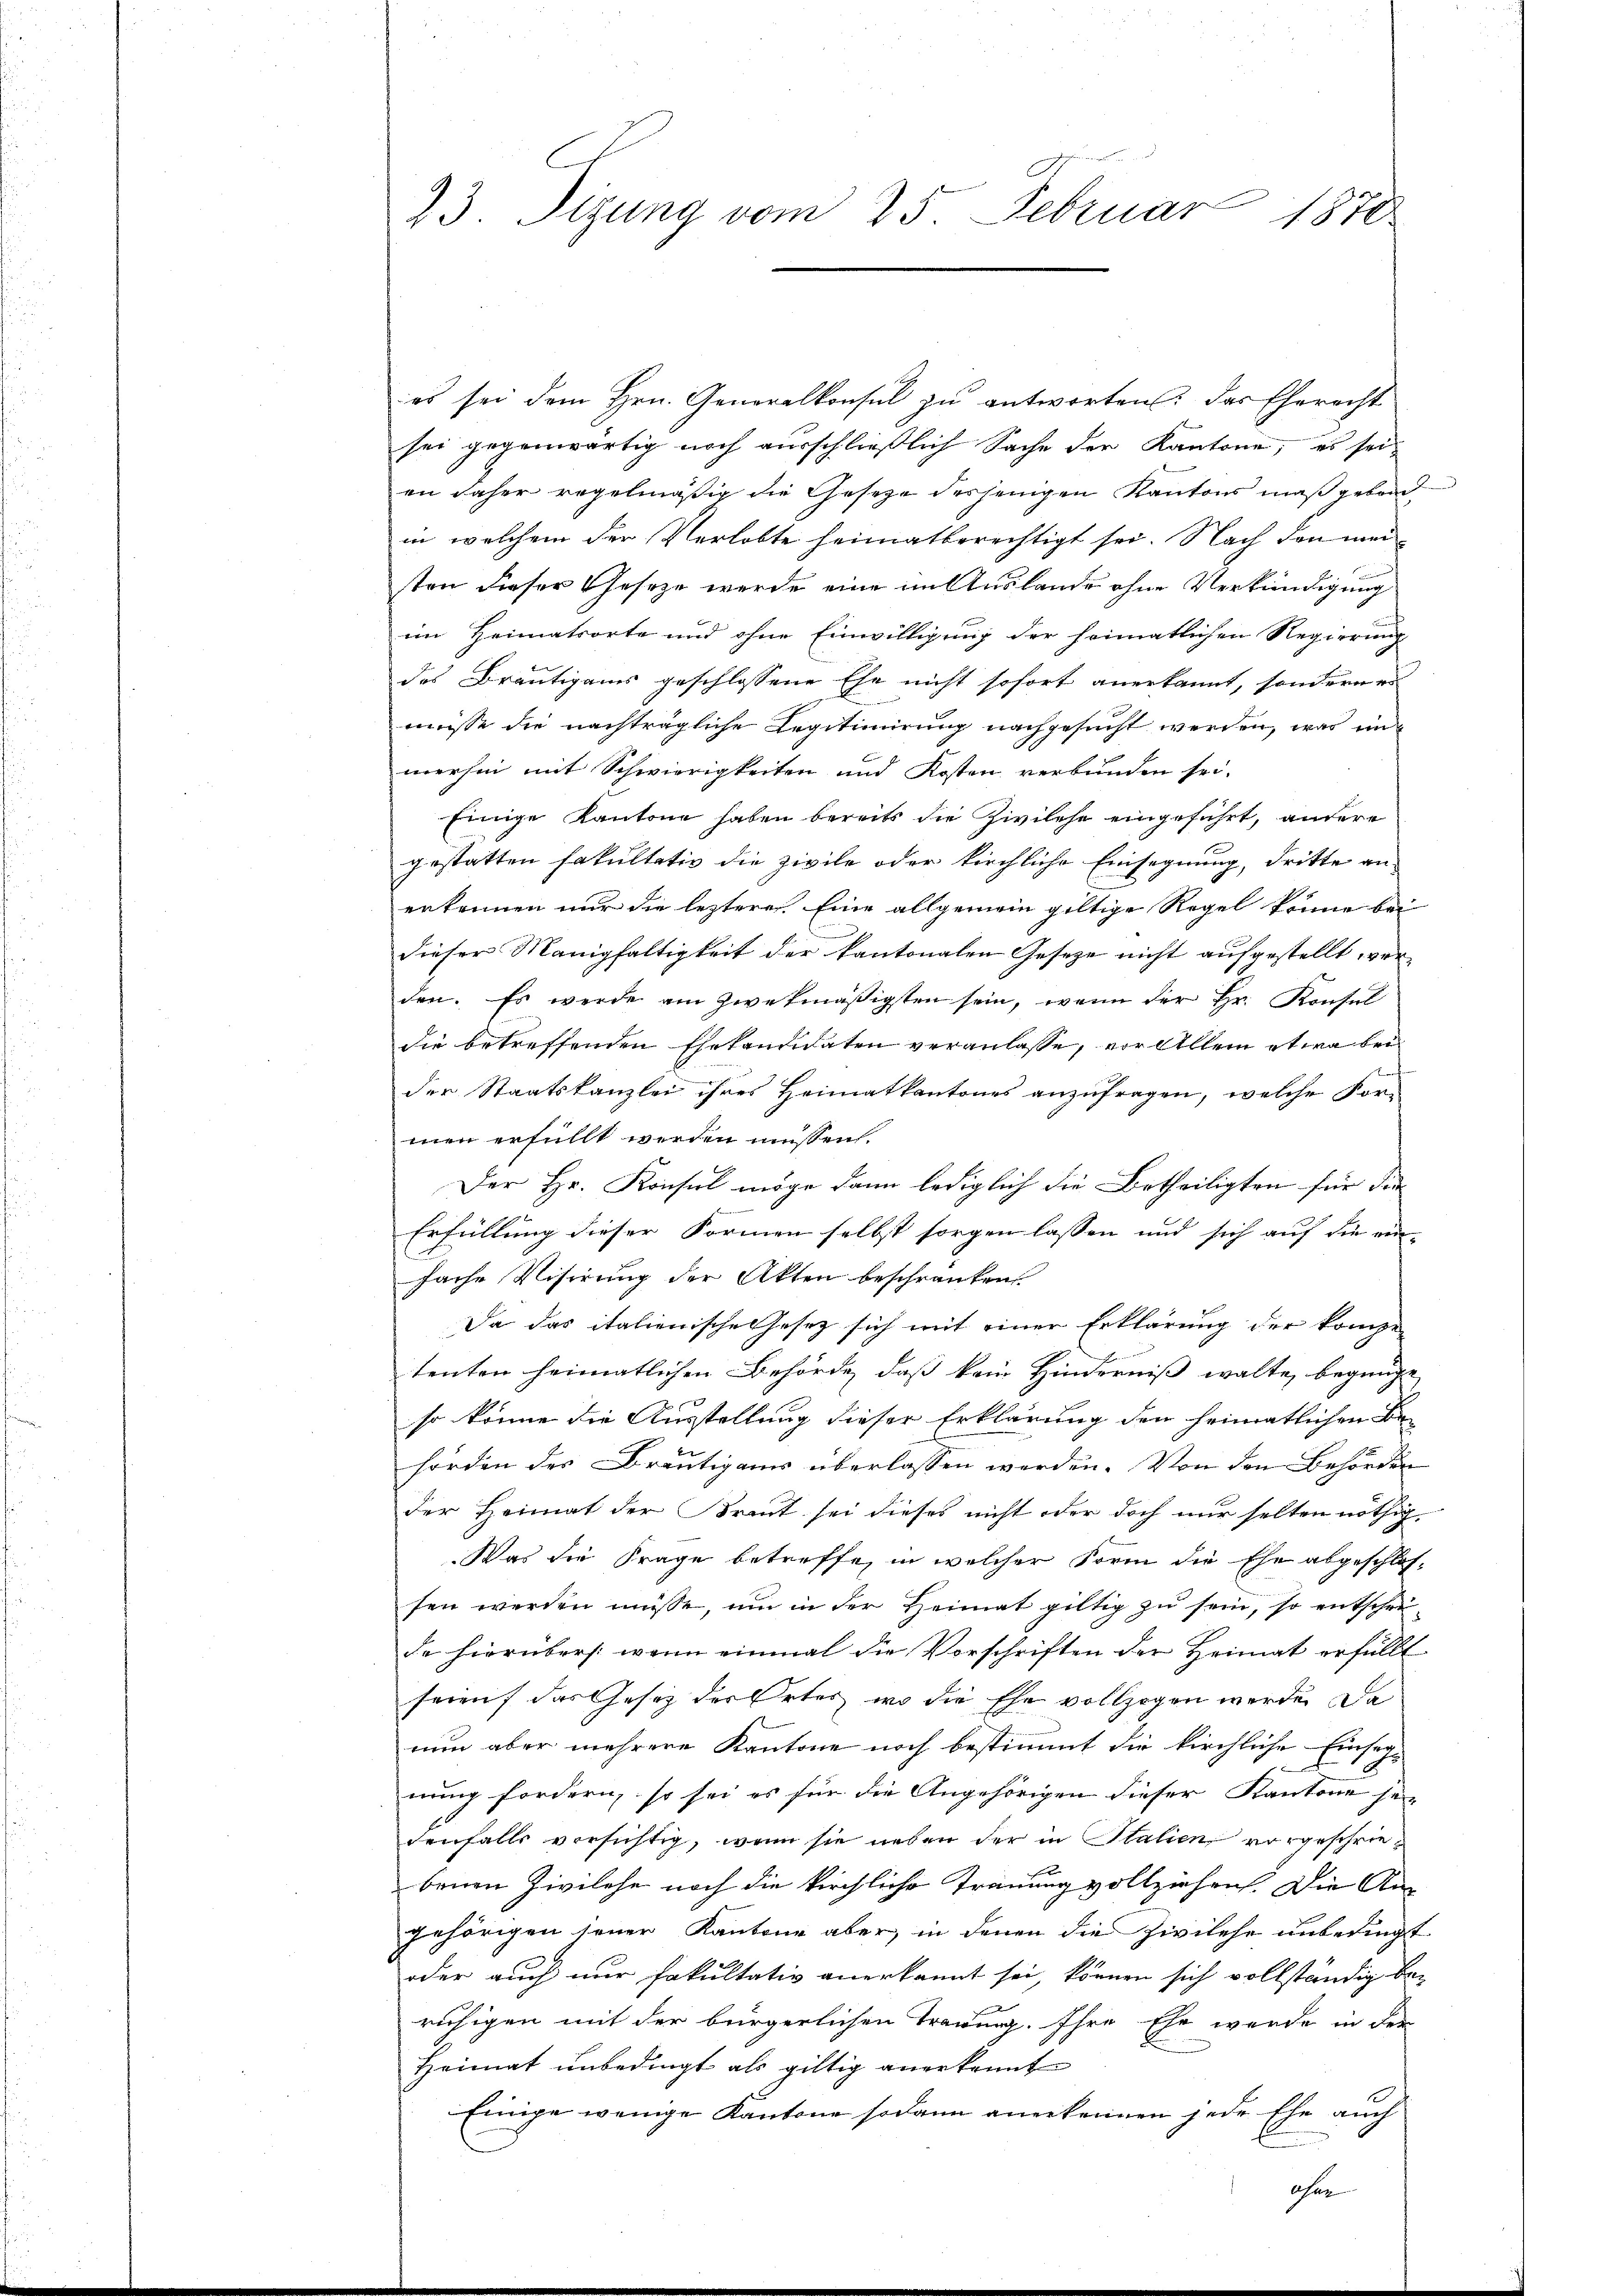
23. Sizung vom 25. Februar 1870

es sei dem Hrn. Generalkonsul zu antworten: das Eherecht
sei gegenwärtig noch ausschließlich Sache der Kantone, es seien daher regelmäßig die Gesetze desjenigen Kantons maßgebend
in welchem der Verlobte heimatberechtigt sei. Nach den meisten dieser Geseze wurde eine im Auslande ohne Verkündigung
im Heimatsorte und ohne Einwilligung der heimatlichen Regierung
des Bräutigams geschlossene Ehe nicht sofort anerkannt, sondern es
müsse die nachträgliche Legitimirung nachgesucht werden, was unmerhin mit Schwierigkeiten und Kosten verbunden sei.
Einige Kantone haben bereits die Zivilehe eingeführt, andere
gestatten Fakultativ die zivile oder kirchliche Einsegnung, dritte an-
erkennen nur die lezteres. Eine allgemein giltige Regel könne bei
dieser Manigfaltigkeit der kantonalen Geseze nicht aufgestellt, vorden. Es werde am zwekmäßigsten sein, wenn der Hr. Konsul
die betreffenden Ehekandidaten veranlasse, vor Allem etwa beider Staatskanzlei ihres Heimatkantones anzufragen, welche Formen erfüllt werden müssen.
Der Hr. Konsul möge dann lediglich die Betheiligten für die
Erfüllung dieser Formen selbst sorgen lassen und sich auf die ein-
fache Visirung der Akten beschränken
Da das italienische Gesetz sich mit einer Erklärung der kompe-
tenten heimatlichen Behörde, daß kein Hinderniß walte, begnüge
so könne die Ausstellung dieser Erklärung den heimatlichen Be-
hörden des Bräutigams überlassen werden. Von den Behörden
der Heimat der Kraut sei dieses nicht oder doch nur selten nöthig.
Was die Frage betreffe, in welcher Form die Ehe abgeschlos-
fen werden müsse, um in der Heimat giltig zu sein, so entscheide hierüber: wenn einmal die Vorschriften der Heimat erfüllt.
sorauf das Gesetz der Ortes, wo die Ehe vollzogen werde. Da
nun aber mehrere Kantone noch bestimmt die kirchliche Einsegnung fordern, so sei es für die Angehörigen dieser Kantone sein
denfalls versichtig, wenn sie neben der in Italien vorgeschriebenen Zivilehe noch die kirchliche Trauung vollziehen. Die An-
gehörigen seiner Kantone aber, in denen die Zivilehe unbedingt
oder auch nur fakultativ anerkannt sei, können sich vollständig beruhigen mit der bürgerlichen Trauung. Ihre Ehe wurde in den
Heimat unbedingt als giltig anerkannt
Einige wenige Kantone sodann anerkennen jede Ehe auch
ohne